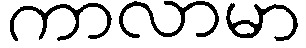
ကာလာမာ